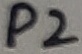
Text: P2